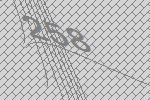
258